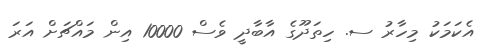
އެކަމަކު މިހާރު ސ. ހިތަދޫގެ އާބާދީ ވެސް 10000 އިން މައްޗަށް އަރަ